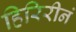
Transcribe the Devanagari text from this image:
हिरिरीनं